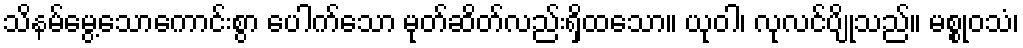
သိနမ်မွေ့သောကောင်းစွာ ပေါက်သော မုတ်ဆိတ်လည်းရှိထသော။ ယုဝါ၊ လုလင်ပျိုသည်။ မစ္စုဝသံ၊